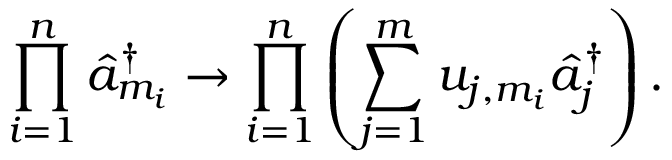
\prod _ { i = 1 } ^ { n } \hat { a } _ { m _ { i } } ^ { \dag } \rightarrow \prod _ { i = 1 } ^ { n } \left( \sum _ { j = 1 } ^ { m } u _ { j , m _ { i } } \hat { a } _ { j } ^ { \dag } \right) .